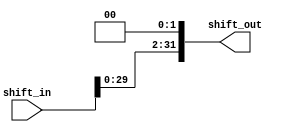
`timescale 1ns / 1ps
//////////////////////////////////////////////////////////////////////////////////
// Company: 
// Engineer: 
// 
// Design Name: 
// Module Name:    execution_shift_left 
// Project Name: 
// Target Devices: 
// Tool versions: 
// Description: 
//
// Dependencies: 
//
// Revision: 
// Revision 0.01 - File Created
// Additional Comments: 
//
//////////////////////////////////////////////////////////////////////////////////
module execution_shift_left(shift_in, shift_out);

	input [31:0] shift_in;
	
	output reg [31:0] shift_out;
	
	always @(*)
	begin
	
		shift_out <= shift_in << 2;
		
	end

endmodule